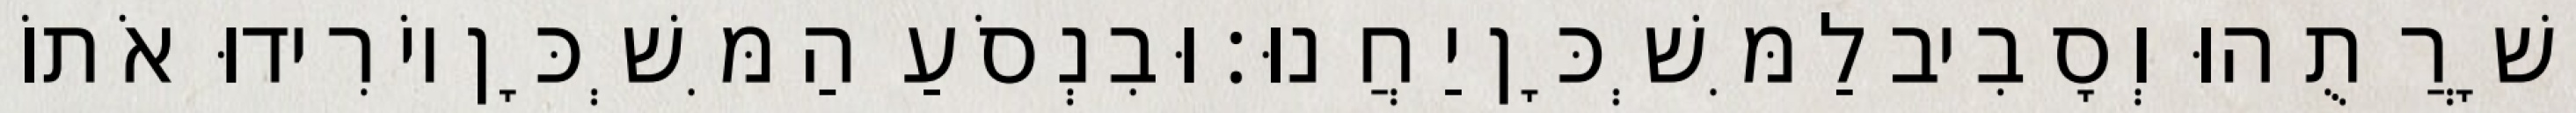
יְשָׁרֲתֻהוּ וְסָבִיב לַמִּשְׁכָּן יַחֲנוּ׃ וּבִנְסֹעַ הַמִּשְׁכָּן יוֹרִידוּ אֹתוֹ